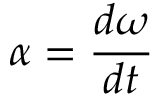
\alpha = { \frac { d \omega } { d t } }